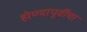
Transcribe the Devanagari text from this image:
होण्यापूर्वीचा